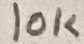
Text: 10K